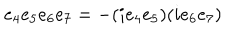
LaTeX: e _ { 4 } e _ { 5 } e _ { 6 } e _ { 7 } = - ( i e _ { 4 } e _ { 5 } ) ( i e _ { 6 } e _ { 7 } )